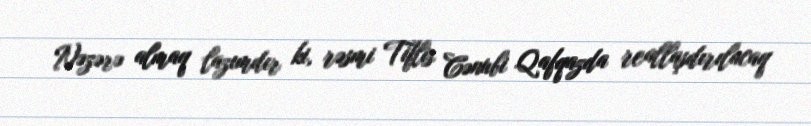
Nəzərə almaq lazımdır ki, rəsmi Tiflis Cənubi Qafqazda reallaşdırılacaq